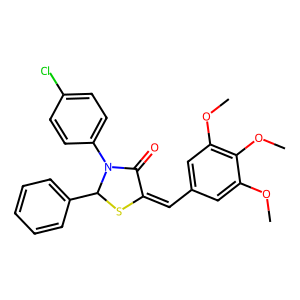
SMILES: COc1cc(C=C2SC(c3ccccc3)N(c3ccc(Cl)cc3)C2=O)cc(OC)c1OC
Inhibits HIV replication: No